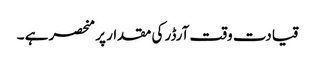
قیادت وقت آرڈر کی مقدار پر منحصر ہے ۔